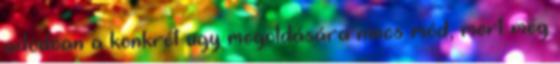
adódóan a konkrét ügy megoldására nincs mód, mert még